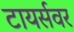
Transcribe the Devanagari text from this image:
टायर्सवर